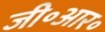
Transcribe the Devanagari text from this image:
जी॰आर॰